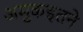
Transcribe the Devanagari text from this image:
अमुकइतने